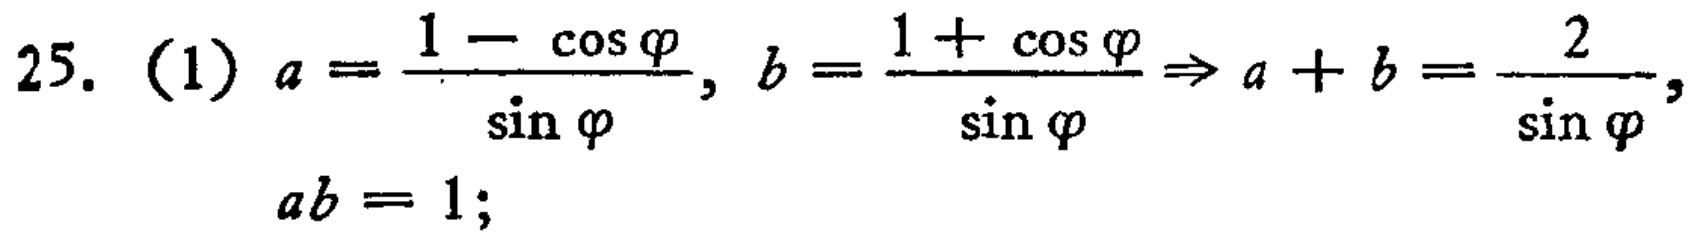
25. (1) \(a = \frac{1 - \cos \varphi}{\sin \varphi}, b = \frac{1 + \cos \varphi}{\sin \varphi} \Rightarrow a + b = \frac{2}{\sin \varphi},\)

\(ab = 1;\)